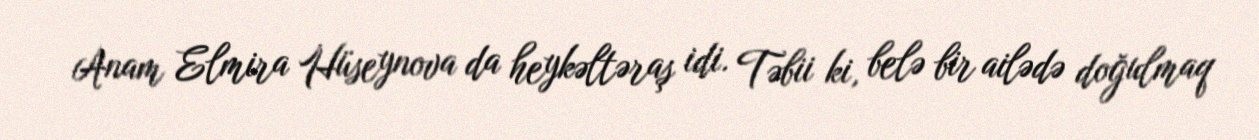
Anam Elmira Hüseynova da heykəltəraş idi. Təbii ki, belə bir ailədə doğulmaq